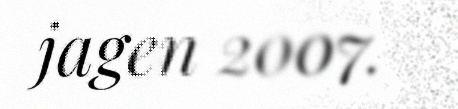
jagen 2007.